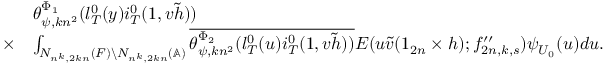
\begin{array} { r l } & { \theta _ { \psi , k n ^ { 2 } } ^ { \Phi _ { 1 } } ( l _ { T } ^ { 0 } ( y ) i _ { T } ^ { 0 } ( 1 , v \tilde { h } ) ) } \\ { \times } & { \int _ { N _ { n ^ { k } , 2 k n } ( F ) \backslash N _ { n ^ { k } , 2 k n } ( \mathbb { A } ) } \overline { { \theta _ { \psi , k n ^ { 2 } } ^ { \Phi _ { 2 } } ( l _ { T } ^ { 0 } ( u ) i _ { T } ^ { 0 } ( 1 , v \tilde { h } ) ) } } E ( u \tilde { v } ( 1 _ { 2 n } \times h ) ; f _ { 2 n , k , s } ^ { \prime \prime } ) \psi _ { U _ { 0 } } ( u ) d u . } \end{array}